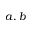
a , b